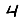
Digit: 4